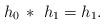
LaTeX: \begin{align*}h_0\, *\ h_1 = h_1.\end{align*}